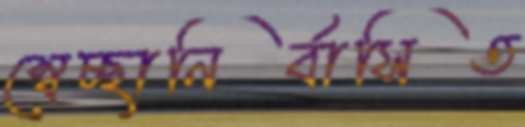
স্বেচ্ছানির্বাসিত